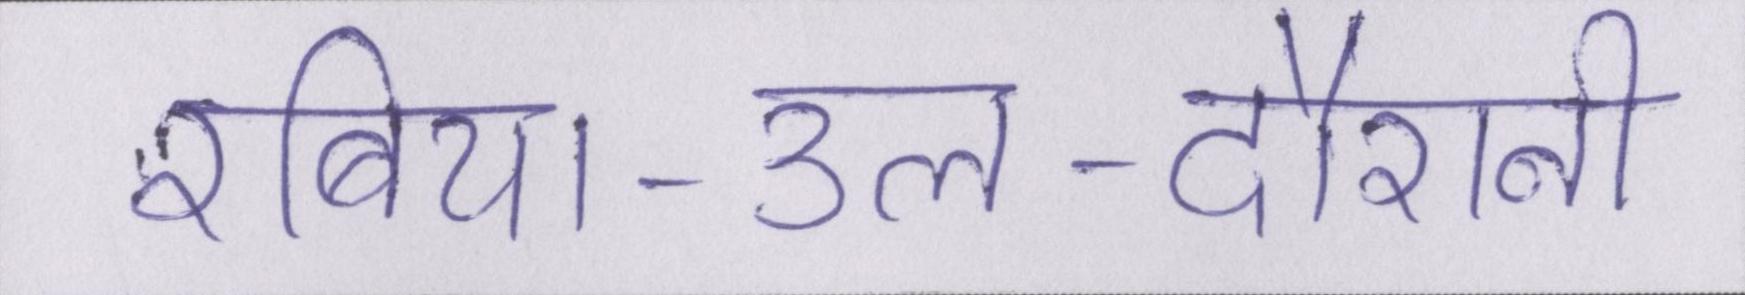
रबिया-उल-दौरानी